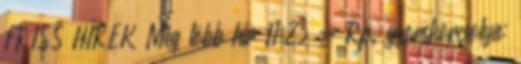
FRISS HÍREK Még több hír 11:23 - Rp. gyorskorcsolya: